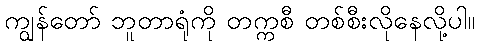
ကျွန်တော် ဘူတာရုံကို တက္ကစီ တစ်စီးလိုနေလို့ပါ။